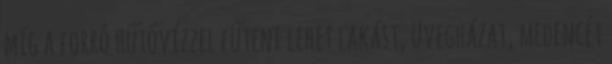
míg a forró hűtővízzel fűteni lehet lakást, üvegházat, medencét